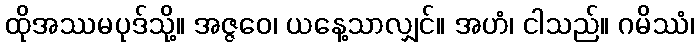
ထိုအဿမပုဒ်သို့။ အဇ္ဇဝေ၊ ယနေ့သာလျှင်။ အဟံ၊ ငါသည်။ ဂမိဿံ၊